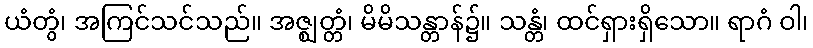
ယံတွံ၊ အကြင်သင်သည်။ အဇ္ဈတ္တံ၊ မိမိသန္တာန်၌။ သန္တံ၊ ထင်ရှားရှိသော။ ရာဂံ ဝါ၊